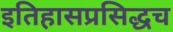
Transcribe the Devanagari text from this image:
इतिहासप्रसिद्धच